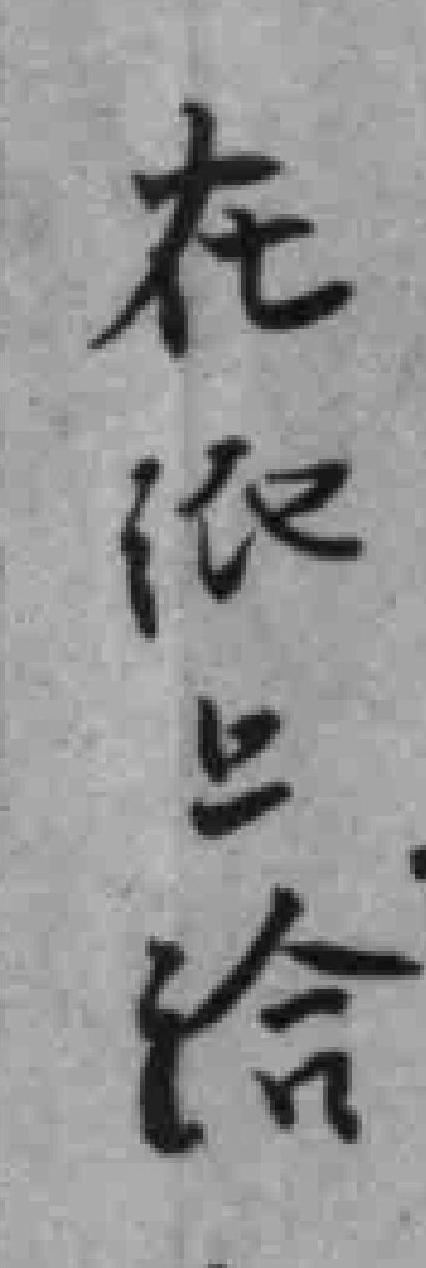
在纸上给